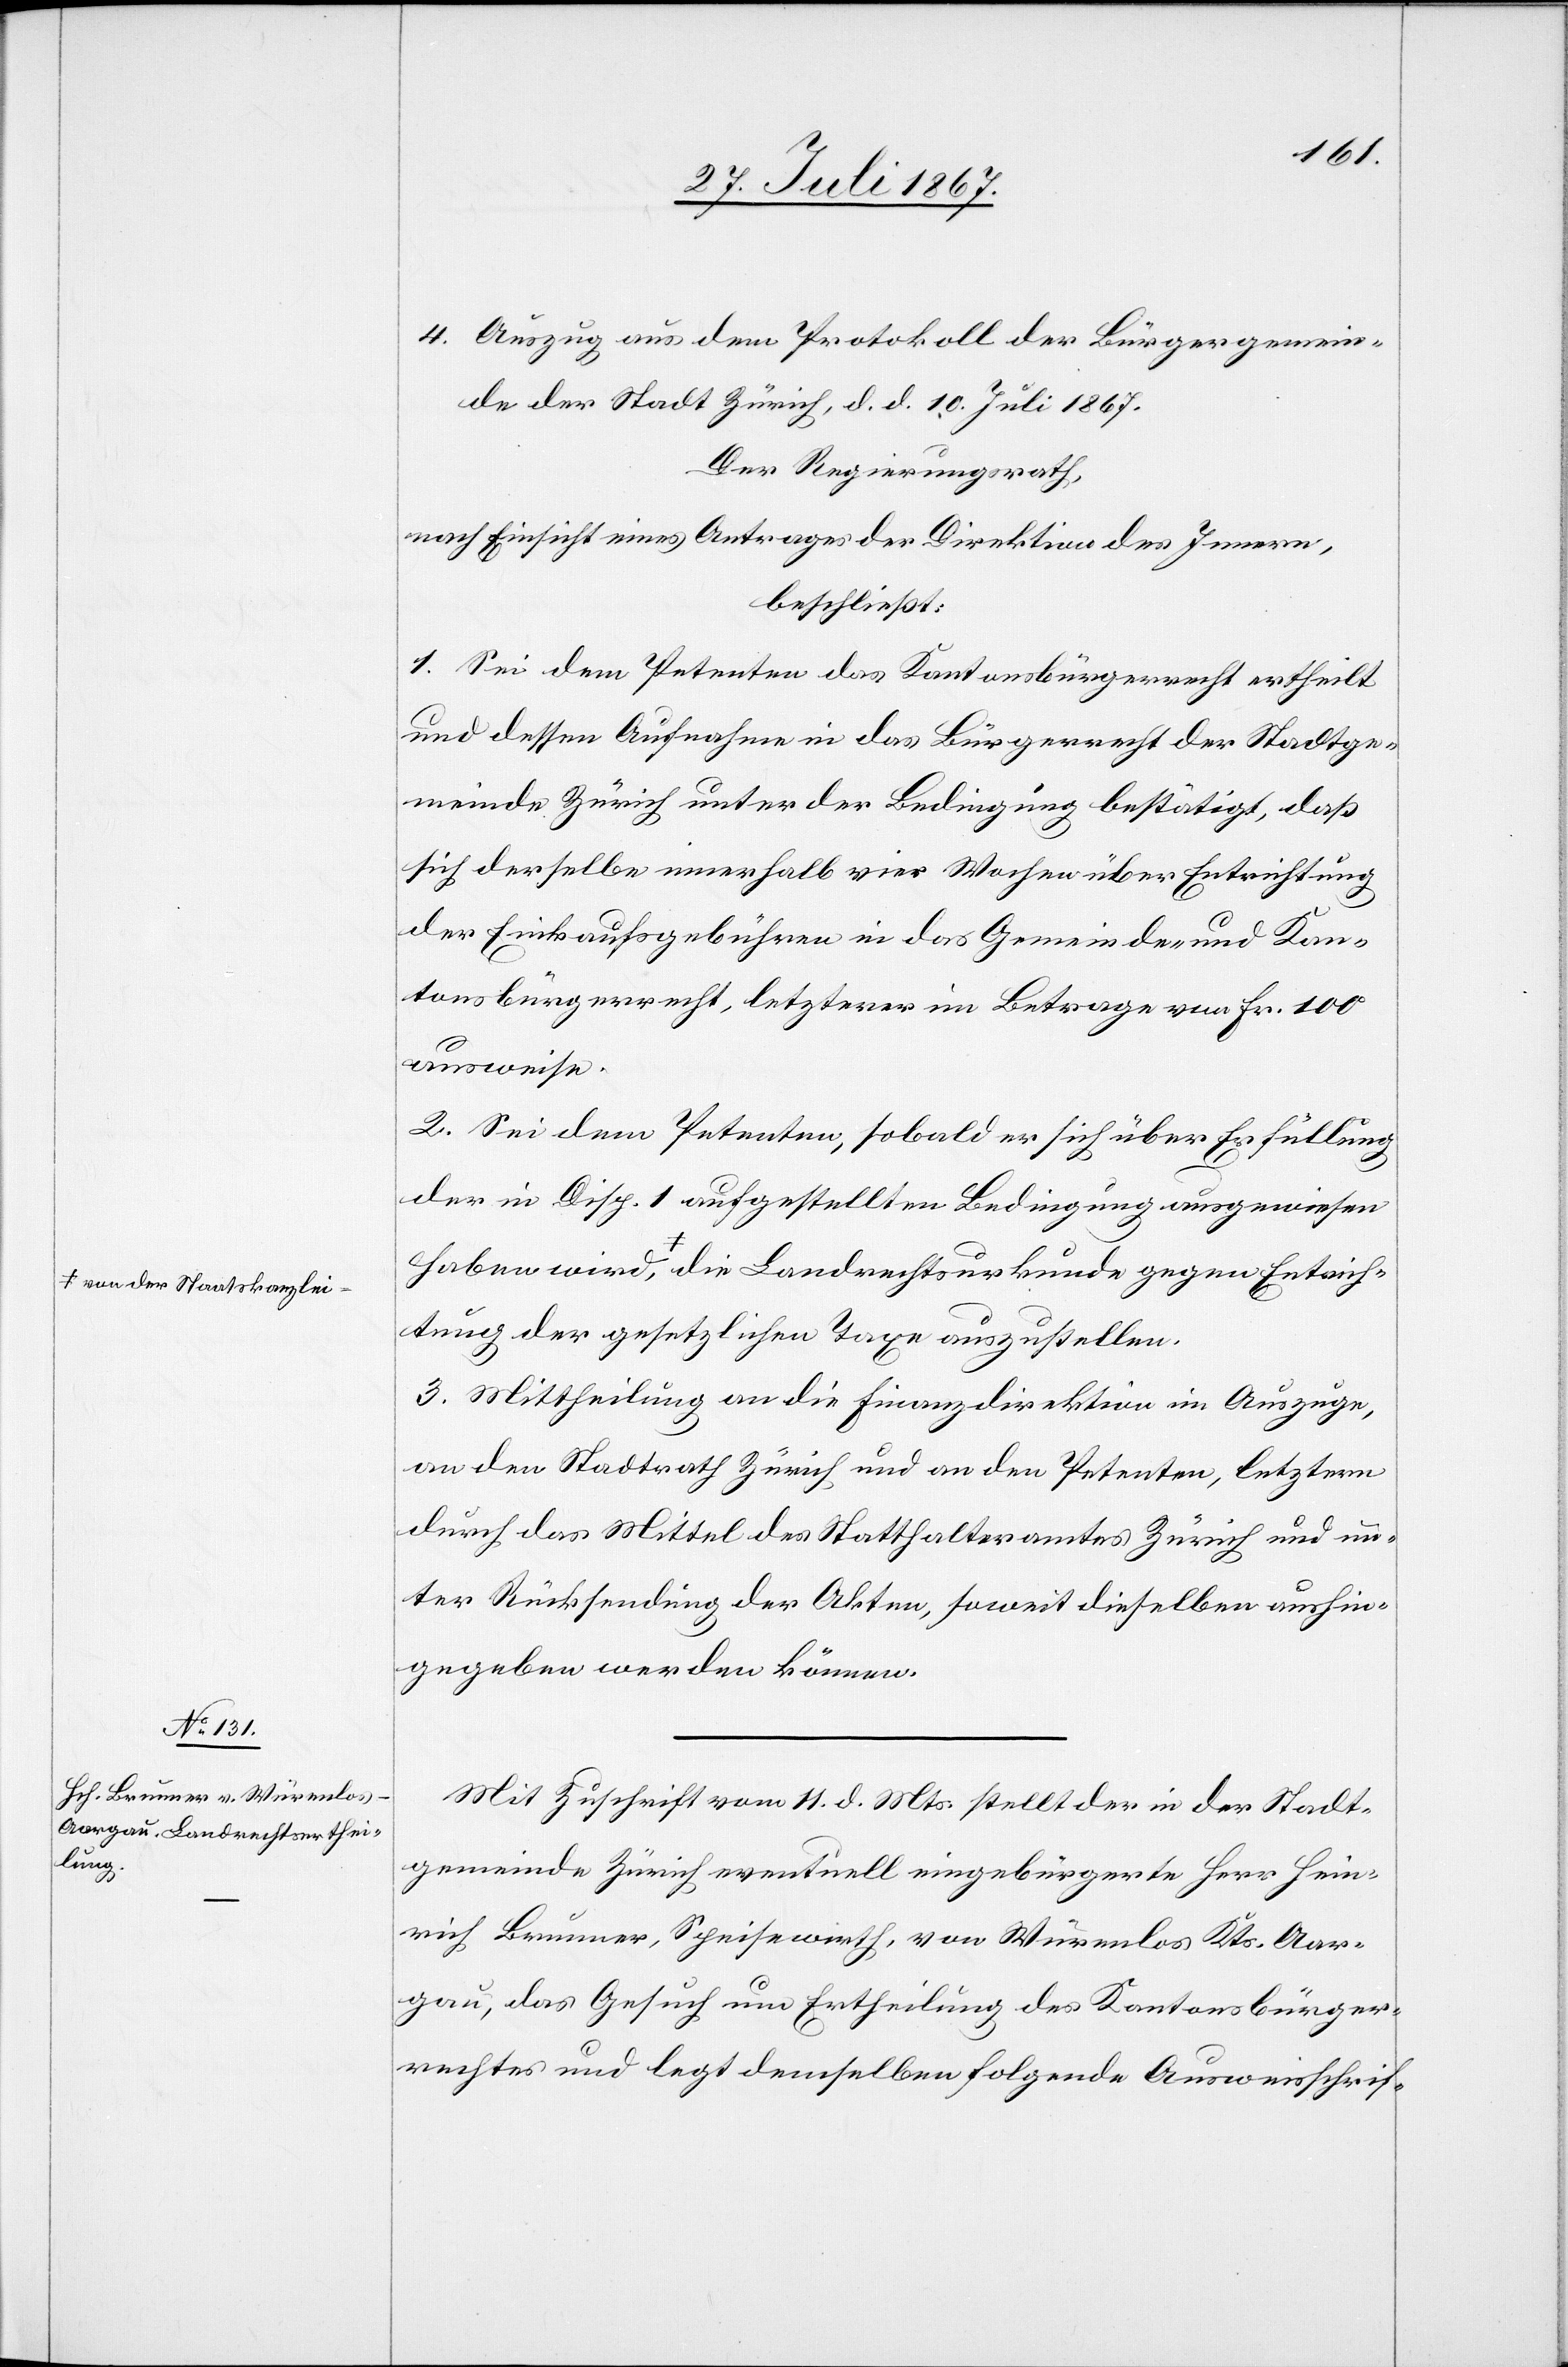
von der Staatskanzlei
Entrich¬

4. Auszug aus dem Protokoll der Bürgergemein¬
de der Stadt Zürich, d. d. 10. Juli 1867.
Der Regierungsrath,
nach Einsicht eines Antrages der Direktion des Innern,
beschließt:
1. Sei dem Petenten das Kantonsbürgerrecht ertheilt
und dessen Aufnahme in das Bürgerrecht der Stadtge¬
meinde Zürich unter der Bedingung bestätigt, daß
sich derselbe innerhalb vier Wochen über Entrichtung
der Einkaufsgebühren in das Gemeinde- und Kan¬
tonsbürgerrecht, letzterer im Betrage von Fr. 100
ausweise.
2. Sei dem Petenten, sobald er sich über Erfüllung
der in Disp. 1 aufgestellten Bedingungen ausgewiesen
tung der gesetzlichen Taxe auszustellen.
3. Mittheilung an die Finanzdirektion im Auszuge,
an den Stadtrath Zürich und an den Petenten, letztern
durch das Mittel des Statthalteramtes Zürich und un¬
ter Rücksendung der Akten, soweit dieselben aushin¬
gegeben werden können.
Mit Zuschrift vom 11. d. Mts. stellt der in der Stadt¬
gemeinde Zürich eventuell eingebürgerte Herr Hein¬
rich Brunner, Speisewirth, von Würenlos Kts. Aar¬
gau, das Gesuch um Ertheilung des Kantonsbürger¬
rechtes und legt demselben folgende Ausweisschrif-